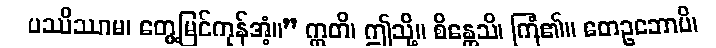
ပဿိဿာမ၊ တွေ့မြင်ကုန်အံ့။” ဣတိ၊ ဤသို့။ စိန္တေသိ၊ ကြံ၏။ တေဥဘောပိ၊